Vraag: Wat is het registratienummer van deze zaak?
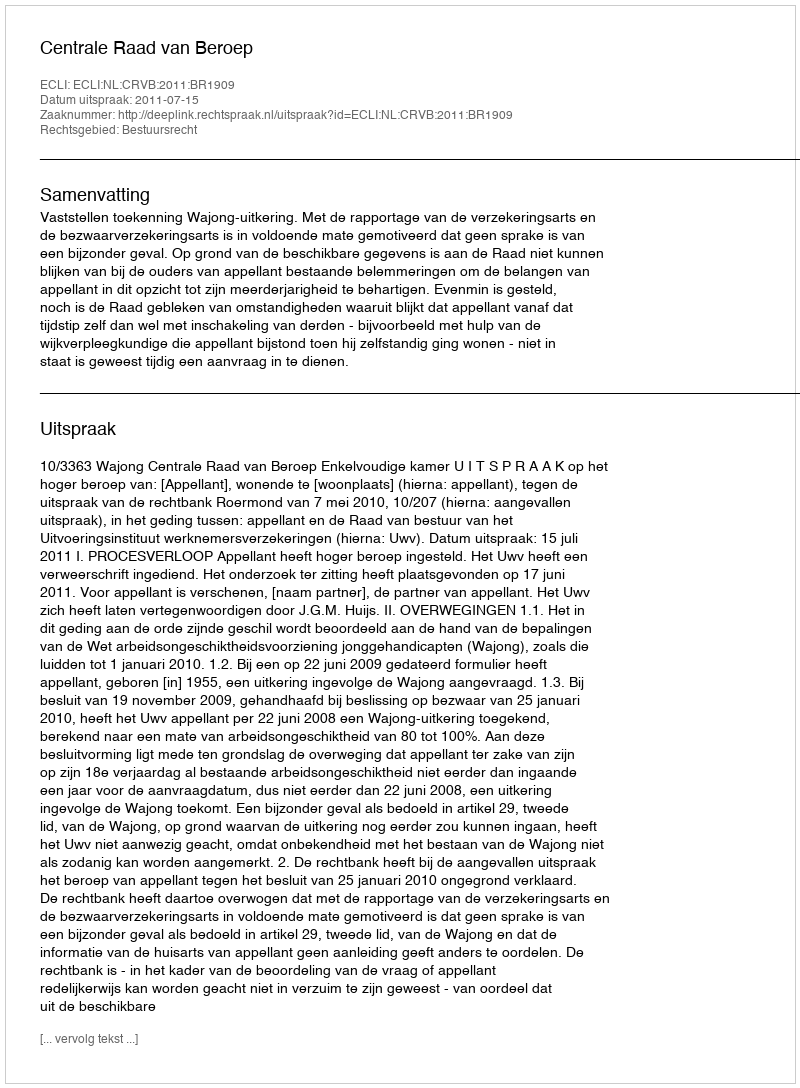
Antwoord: http://deeplink.rechtspraak.nl/uitspraak?id=ECLI:NL:CRVB:2011:BR1909